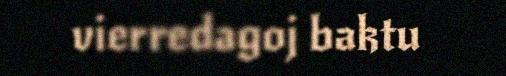
vierredagoj baktu